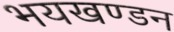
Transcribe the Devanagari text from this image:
भयखण्डन